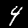
Digit: 4